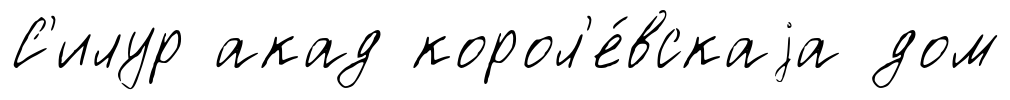
С'илур акад корол'е́вскаjа дом